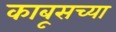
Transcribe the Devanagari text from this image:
काबूसच्या